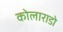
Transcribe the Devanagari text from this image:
कोलाराडो